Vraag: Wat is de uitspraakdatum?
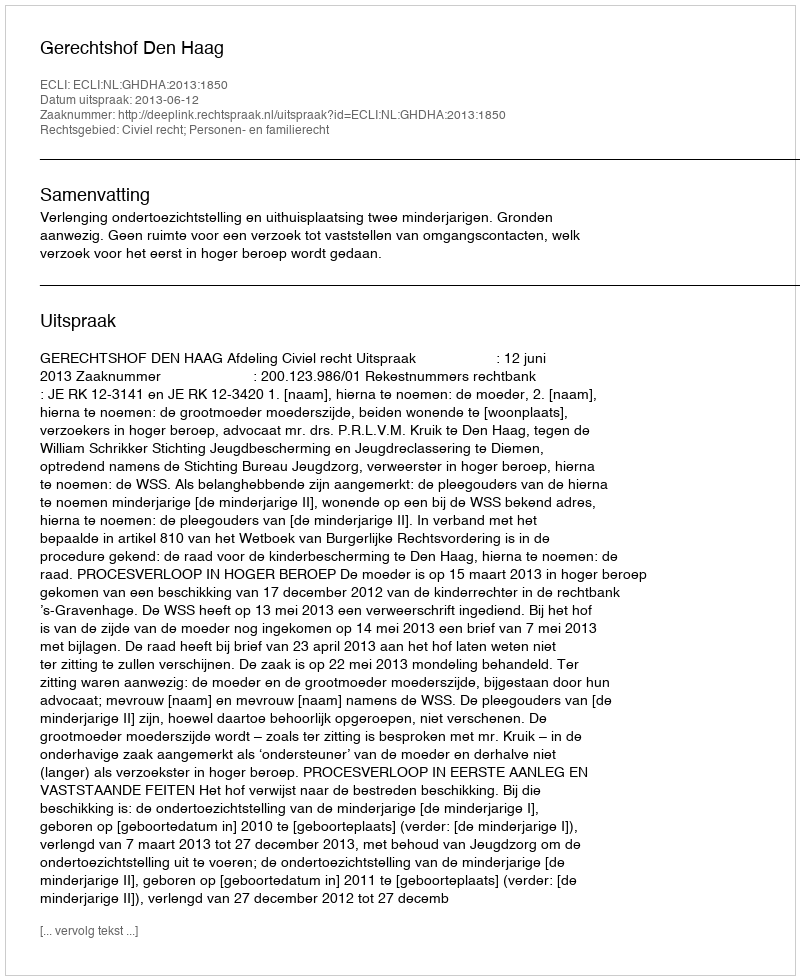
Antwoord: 2013-06-12